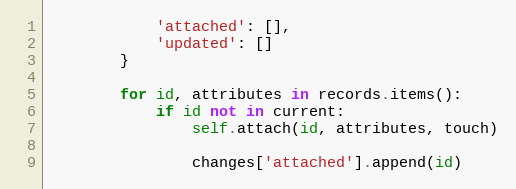
Language: Python
            'attached': [],
            'updated': []
        }

        for id, attributes in records.items():
            if id not in current:
                self.attach(id, attributes, touch)

                changes['attached'].append(id)